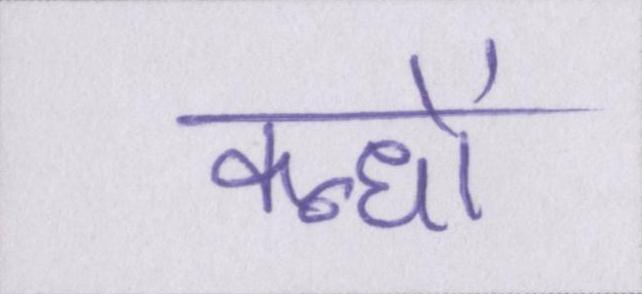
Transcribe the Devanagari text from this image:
कन्धों